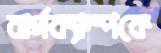
বার্গক্যাম্পকে